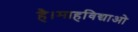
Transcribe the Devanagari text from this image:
है।माहविद्याओ